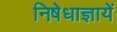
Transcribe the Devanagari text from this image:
निषेधाज्ञायें